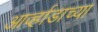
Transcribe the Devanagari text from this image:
आर्व्हाडाच्या